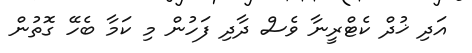
އަދި ޚުދް ކެޓްރީނާ ވެސް ދާދި ފަހުން މި ކަމާ ބެހޭ ގޮތުން